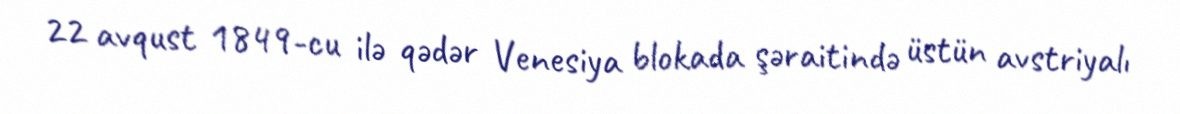
22 avqust 1849-cu ilə qədər Venesiya blokada şəraitində üstün avstriyalı